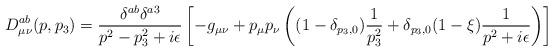
LaTeX: \begin{align*}D_{\mu \nu}^{ab}(p,p_3) = \frac{\delta^{ab}\delta^{a3}}{p^2-p_3^2+i\epsilon}\left[-g_{\mu \nu} + p_{\mu} p_{\nu}\left((1-\delta_{p_3,0})\frac{1}{p_3^2}+\delta_{p_3,0}(1-\xi)\frac{1}{p^2+i\epsilon}\right) \right]\end{align*}